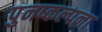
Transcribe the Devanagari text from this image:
पुनष्कल्पना